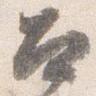
召